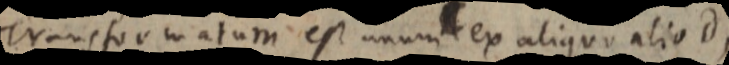
Transformatum est unum ex aliquo alio d,